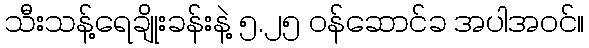
သီးသန့်ရေချိုးခန်းနဲ့ ၅.၂၅ ဝန်ဆောင်ခ အပါအဝင်။